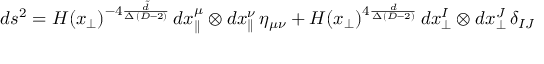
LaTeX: d s ^ { 2 } = H ( x _ { \perp } ) ^ { - 4 \frac { \tilde { d } } { \Delta \, ( D - 2 ) } } \, d x _ { \parallel } ^ { \mu } \otimes d x _ { \parallel } ^ { \nu } \, \eta _ { \mu \nu } + H ( x _ { \perp } ) ^ { 4 \frac { d } { \Delta \, ( D - 2 ) } } \, d x _ { \perp } ^ { I } \otimes d x _ { \perp } ^ { J } \, \delta _ { I J }